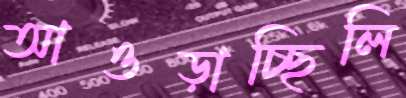
আওড়াচ্ছিলি